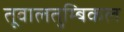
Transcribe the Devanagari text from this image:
तूवालतुम्बिकल